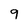
Character: 9